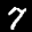
Label: 7